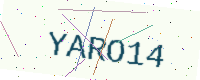
Text: YARO14